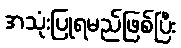
အသုံးပြုရမည်ဖြစ်ပြီး